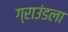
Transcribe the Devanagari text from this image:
ग्राउंडला